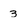
Character: 3